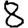
Digit: 8